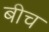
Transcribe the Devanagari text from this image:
बीच